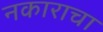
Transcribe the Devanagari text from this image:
नकाराचा